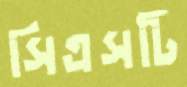
সিএসটি